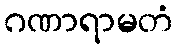
ဂဏာရာမတံ